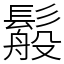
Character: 䰉